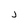
Character: j